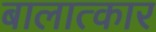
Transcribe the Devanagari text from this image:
बालात्कार